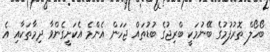
ބޯހޯލް ތޮރުފުމުގެ ބޭނުމަކީ ބްރިޖުގެ ބުޑުތައް ޖަހަން އެންމެ އެކަށީގެންވާ ދިމާތަކާއި އެ